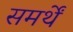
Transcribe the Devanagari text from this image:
समर्थें